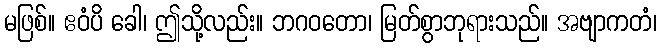
မဖြစ်။ ဧဝံပိ ခေါ၊ ဤသို့လည်း။ ဘဂဝတော၊ မြတ်စွာဘုရားသည်။ အဗျာကတံ၊